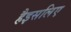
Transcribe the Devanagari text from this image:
हैइसलिए